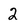
Character: 2